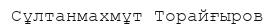
Сұлтанмахмұт Торайғыров